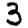
Digit: 3